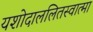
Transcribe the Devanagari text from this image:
यशोदाललितस्वात्मा